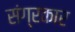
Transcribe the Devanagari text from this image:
संग्रकार